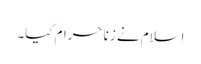
اسلام نے زنا حرام کیا۔